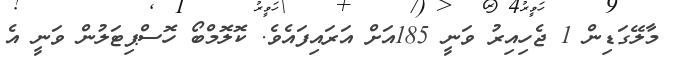
މާލޭގަޑިން 1 ޖެހިއިރު ވަނީ 185އަށް އަރައިފައެވެ. ކޮލޮމްބޯ ހޮސްޕިޓަލުން ވަނީ އެ